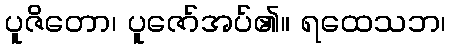
ပူဇိတော၊ ပူဇော်အပ်၏။ ရထေသဘ၊